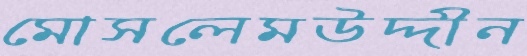
মোসলেমউদ্দীন